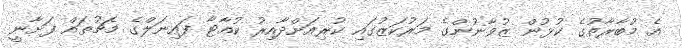
އެ މުބާރާތުގެ ކުޅުން ޒުވާނުންގެ މަރުކަޒުގައި ކުރިއަށްދާއިރު ކުއާޓާ ފައިނަލްގެ މެޗުތައް ފަށާނީ